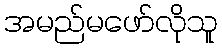
အမည်မဖော်လိုသူ